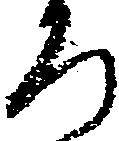
ろ